Vaccination in the Punjab 1897-1904 - 1897-1904
Year: 1897
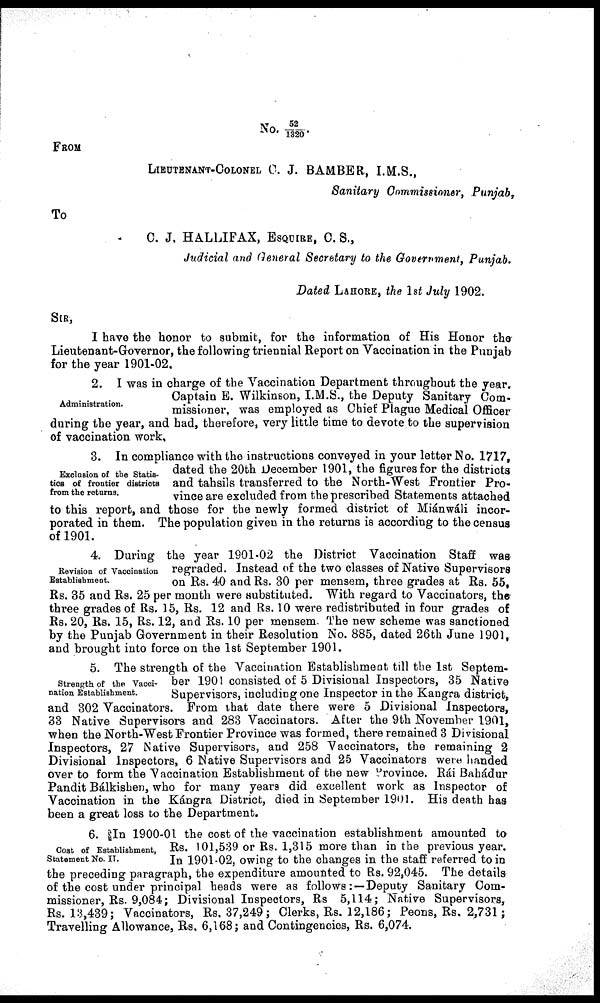
No. 52/1320.
FROM
LIEUTENANT-COLONEL C. J. BAMBER, I.M.S.,
Sanitary Commissioner, Punjab,
To
C. J, HALLIFAX, ESQUIRE, C. S.,
Judicial and General Secretary to the Government, Punjab.
Dated LAHORE, the 1st July 1902.
SIR,
I have the honor to submit, for the information of His Honor the
Lieutenant-Governor, the following triennial Report on Vaccination in the Punjab
for the year 1901-02.
Administration.
2. I was in charge of the Vaccination Department throughout the year.
Captain E. Wilkinson, I.M.S., the Deputy Sanitary Com-
missioner, was employed as Chief Plague Medical Officer
during the year, and had, therefore, very little time to devote to the supervision
of vaccination work.
Exclusion of the Statis-
tics of frontier districts
from the returns.
3. In compliance with the instructions conveyed in your letter No. 1717,
dated the 20th December 1901, the figures for the districts
and tahsils transferred to the North-West Frontier Pro-
vince are excluded from the prescribed Statements attached
to this report, and those for the newly formed district of Miánwáli incor-
porated in them. The population given in the returns is according to the census
of 1901.
Revision of Vaccination
Establishment.
4. During the year 1901-02 the District Vaccination Staff was
regraded. Instead of the two classes of Native Supervisors
on Rs. 40 and Rs. 30 per mensem, three grades at Rs. 55,
Rs. 35 and Rs. 25 per month were substituted. With regard to Vaccinators, the
three grades of Rs. 15, Rs. 12 and Rs. 10 were redistributed in four grades of
Rs. 20, Rs. 15, Rs. 12, and Rs. 10 per mensem. The new scheme was sanctioned
by the Punjab Government in their Resolution No. 885, dated 26th June 1901,
and brought into force on the 1st September 1901.
Strength of the Vacci-
nation Establishment.
5. The strength of the Vaccination Establishment till the 1st Septem-
ber 1901 consisted of 5 Divisional Inspectors, 35 Native
Supervisors, including one Inspector in the Kangra district,
and 302 Vaccinators. From that date there were 5 Divisional Inspectors,
33 Native Supervisors and 283 Vaccinators. After the 9th November 1901,
when the North-West Frontier Province was formed, there remained 3 Divisional
Inspectors, 27 Native Supervisors, and 258 Vaccinators, the remaining 2
Divisional Inspectors, 6 Native Supervisors and 25 Vaccinators were handed
over to form the Vaccination Establishment of the new province. Rái Bahádur
Pandit Bálkishen, who for many years did excellent work as Inspector of
Vaccination in the Kángra District, died in September 1901. His death has
been a great loss to the Department.
Cost of Establishment,
Statement No. IT.
6. In 1900-01 the cost of the vaccination establishment amounted to
Rs. 101,539 or Rs. 1,315 more than in the previous year.
In 1901-02, owing to the changes in the staff referred to in
the preceding paragraph, the expenditure amounted to Rs. 92,045. The details
of the cost under principal heads were as follows: — Deputy Sanitary Com-
missioner, Rs. 9,084; Divisional Inspectors, Rs 5,114; Native Supervisors,
Rs. 13,439; Vaccinators, Rs. 37,249; Clerks, Rs. 12,186; Peons, Rs. 2,731 ;
Travelling Allowance, Rs. 6,168; and Contingencies, Rs. 6,074.